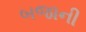
બજાની